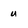
Character: u